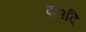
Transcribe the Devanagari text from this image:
य२दि